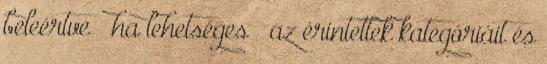
beleértve – ha lehetséges – az érintettek kategóriáit és